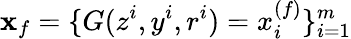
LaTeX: \mathbf{x}_{f}=\{ G(z^{i},y^{i},r^{i})=x_{i}^{(f)}\} _{i=1}^{m}